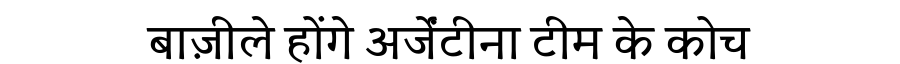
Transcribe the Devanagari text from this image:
बाज़ीले होंगे अर्जेंटीना टीम के कोच